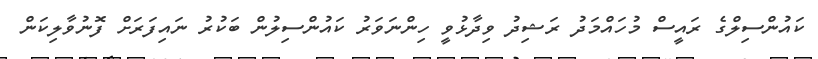
ކައުންސިލްގެ ރައީސް މުހައްމަދު ރަޝިދު ވިދާޅުވީ ހިންނަވަރު ކައުންސިލުން ބަކުރު ނައިފަރަށް ފޮނުވާލިކަން